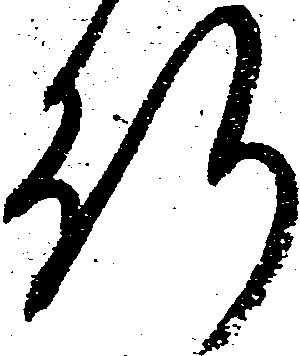
行